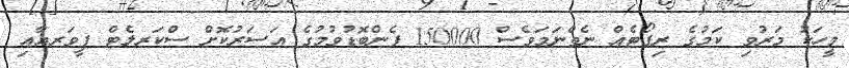
މީހަކު މަރުވި ކަމުގެ ރިޕޯޓެއް ނެތްނަމަވެސް 150000 ފެންބޮޑުވުމުގެ އަސަރުކޮށް ސްކަރލެޓް ފީވަރއާއި